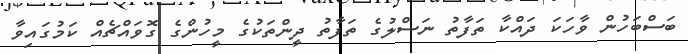
ބަސްބަހުން ވާހަކަ ދައްކާ ތަފާތު ނަސްލުގެ ތަފާތު ދީންތަކުގެ މީހުންގެ ގޮވައްޗެއް ކަމުގައިވާ